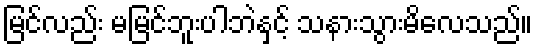
မြင်လည်း မမြင်ဘူးပါဘဲနှင့် သနားသွားမိလေသည်။